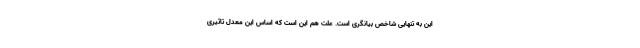
این به تنهایی شاخص بیانگری است. علت هم این است که اساس این معدل تاثیری